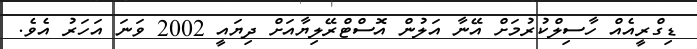
ޑިގްރީއެއް ހާސިލްކުރުމަށް އޭނާ އަލުން އޮސްޓްރޭލިޔާއަށް ދިޔައީ 2002 ވަނަ އަހަރު އެވެ.